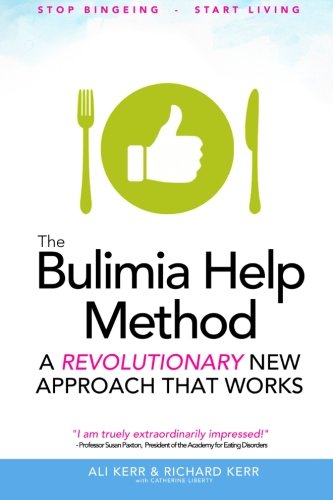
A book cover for The Bulimia Help Method: A Revolutionary New Approach That Works; Richard Kerr; Self-Help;